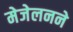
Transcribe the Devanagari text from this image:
मेजेलनने